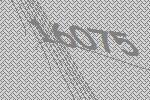
16075